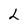
Character: L